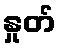
နှုတ်